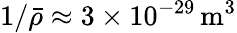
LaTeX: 1/\bar{\rho}\approx 3\times 10^{-29}\, \mathrm{m^{3}}